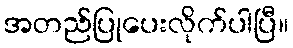
အတည်ပြုပေးလိုက်ပါပြီ။